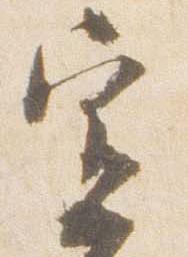
宣